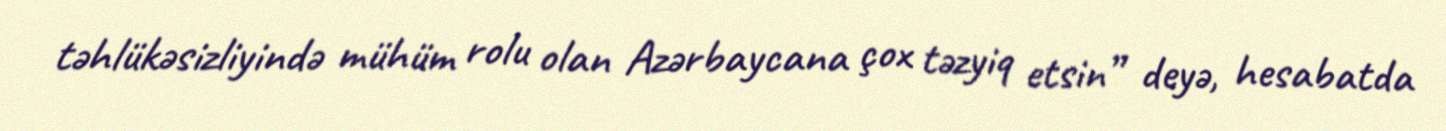
təhlükəsizliyində mühüm rolu olan Azərbaycana çox təzyiq etsin” deyə, hesabatda